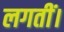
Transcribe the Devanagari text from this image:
लगतीं।